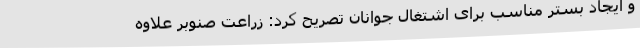
و ایجاد بستر مناسب برای اشتغال جوانان تصریح کرد: زراعت صنوبر علاوه